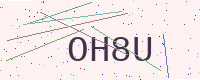
Text: OH8U